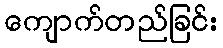
ကျောက်တည်ခြင်း